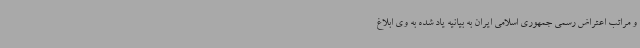
و مراتب اعتراض رسمی جمهوری اسلامی ایران به بیانیه یاد شده به وی ابلاغ